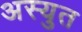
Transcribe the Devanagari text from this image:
अस्युत